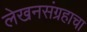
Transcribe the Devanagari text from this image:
लेखनसंग्रहाचा